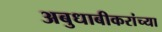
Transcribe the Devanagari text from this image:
अबुधाबीकरांच्या